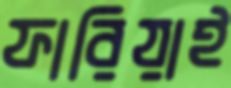
ফারিয়াই